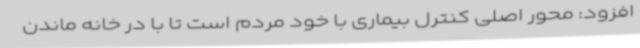
افزود: محور اصلی کنترل بیماری با خود مردم است تا با در خانه ماندن